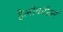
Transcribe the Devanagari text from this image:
हेलीकॉप्टर्स